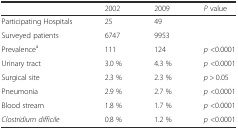
<table><thead><tr><td></td><td><b>2002</b></td><td><b>2009</b></td><td><b><i>P</i> value</b></td></tr></thead><tbody><tr><td>Participating Hospitals</td><td>25</td><td>49</td><td></td></tr><tr><td>Surveyed patients</td><td>6747</td><td>9953</td><td></td></tr><tr><td>Prevalence<sup>a</sup></td><td>111</td><td>124</td><td><i>p</i> &lt;0.0001</td></tr><tr><td>Urinary tract</td><td>3.0 %</td><td>4.3 %</td><td><i>p</i> &lt;0.0001</td></tr><tr><td>Surgical site</td><td>2.3 %</td><td>2.3 %</td><td><i>p</i> &gt; 0.05</td></tr><tr><td>Pneumonia</td><td>2.9 %</td><td>2.7 %</td><td><i>p</i> &lt;0.0001</td></tr><tr><td>Blood stream</td><td>1.8 %</td><td>1.7 %</td><td><i>p</i> &lt;0.0001</td></tr><tr><td><i>Clostridium difficile</i></td><td>0.8 %</td><td>1.2 %</td><td><i>p</i> &lt;0.0001</td></tr></tbody></table>